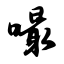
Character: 嘬